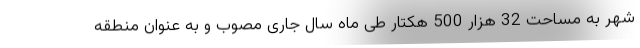
شهر به مساحت 32 هزار 500 هکتار طی ماه سال جاری مصوب و به عنوان منطقه